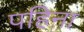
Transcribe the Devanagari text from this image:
पहिना